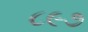
૮૯૭